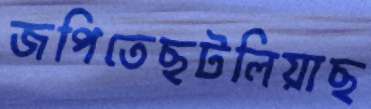
জপিতেছটলিয়াছ